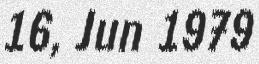
16, Jun 1979